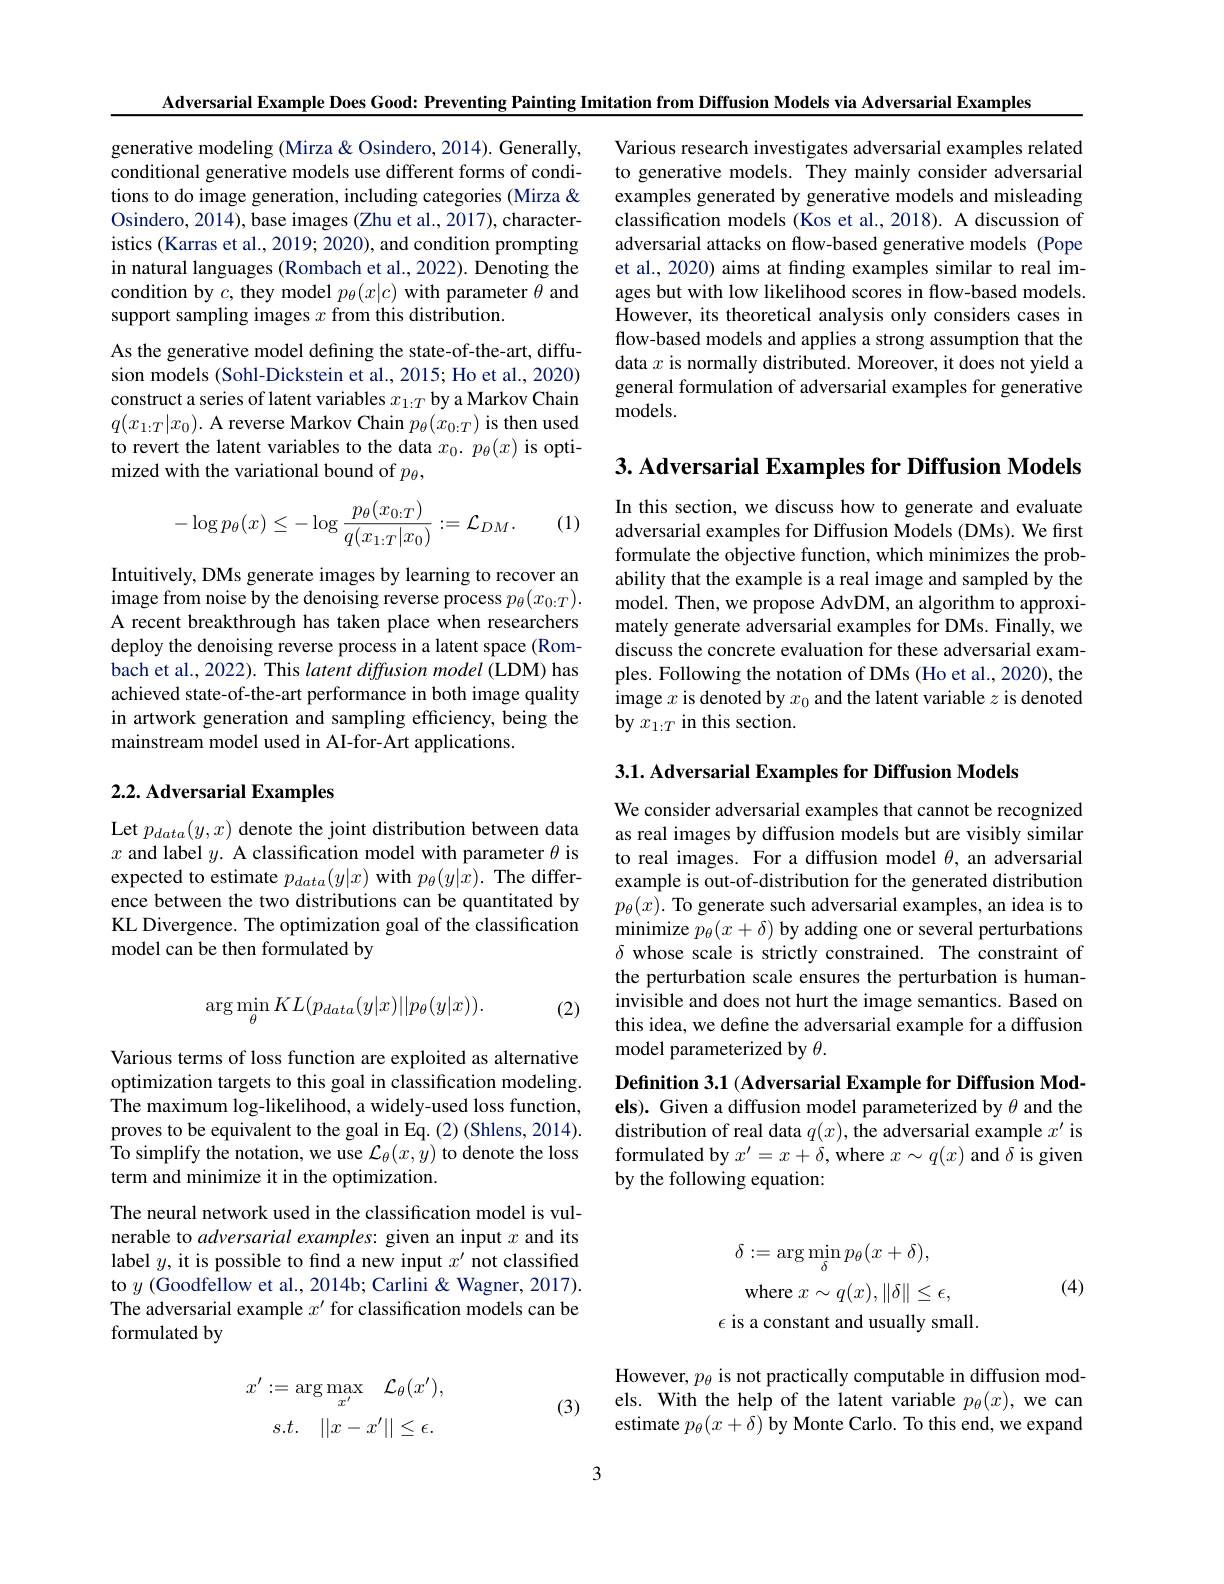
Adversarial Example Does Good: Preventing Painting Imitation from Diffusion Models via Adversarial Examples

Various research investigates adversarial examples related to generative models. They mainly consider adversarial examples generated by generative models and misleading classification models (Kos et al., 2018). A discussion of adversarial attacks on flow-based generative models (Pope et al., 2020) aims at finding examples similar to real images but with low likelihood scores in flow-based models. However, its theoretical analysis only considers cases in flow-based models and applies a strong assumption that the data $x$ is normally distributed. Moreover, it does not yield a general formulation of adversarial examples for generative ${\mathrm{models.}}$

generative modeling (Mirza & Osindero, 2014). Generally, conditional generative models use different forms of conditions to do image generation, including categories (Mirza & Osindero, 2014), base images (Zhu et al., 2017), characteristics (Karras et al., 2019; 2020), and condition prompting in natural languages (Rombach et al., 2022). Denoting the condition by $c$, they model $p_\theta(x|c)$ with parameter $\theta$ and support sampling images $x$ from this distribution.
As the generative model defining the state-of-the-art, diffusion models (Sohl-Dickstein et al., 2015; Ho et al., 2020) construct a series of latent variables $x_1:T$ by a Markov Chain $q(x_{1:T}|x_0).$ A reverse Markov Chain $p_\theta(x_{0:T})$ is then used to revert the latent variables to the data $x_0.p_\theta(x)$ is optimized with the variational bound of $p_\theta$,

3. Adversarial Examples for Diffusion Models
$$-\log p_\theta(x)\leq-\log\frac{p_\theta(x_{0:T})}{q(x_{1:T}|x_0)}:=\mathcal{L}_{DM}.$$
(1)

In this section, we discuss how to generate and evaluate adversarial examples for Diffusion Models (DMs). We first formulate the objective function, which minimizes the probability that the example is a real image and sampled by the model. Then, we propose AdvDM, an algorithm to approxi- mately generate adversarial examples for DMs. Finally, we discuss the concrete evaluation for these adversarial examples. Following the notation of DMs (Ho et al., 2020), the image $x$ is denoted by $x_0$ and the latent variable $z$ is denoted by $x_{1:T}$ in this section.

Intuitively, DMs generate images by learning to recover an image from noise by the denoising reverse process $p_\theta(x_{0:T}).$ A recent breakthrough has taken place when researchers deploy the denoising reverse process in a latent space (Rombach et al., 2022). This latent diffusion model (LDM) has achieved state-of-the-art performance in both image quality in artwork generation and sampling efficiency, being the mainstream model used in AI-for-Art applications.

3.1. Adversarial Examples for Diffusion Models

## 2.2. Adversarial Examples

Let $p_{data}(y,x)$ denote the joint distribution between data $x$ and label $y.$ A classification model with parameter $\theta$ is expected to estimate $p_{data}(y|x)$ with $p_\theta(y|\dot{x}).$ The difference between the two distributions can be quantitated by KL Divergence. The optimization goal of the classification model can be then formulated by

We consider adversarial examples that cannot be recognized as real images by diffusion models but are visibly similar to real images. For a diffusion model $\theta$, an adversarial example is out-of-distribution for the generated distribution $p_{\theta}(x).$ To generate such adversarial examples, an idea is to minimize $p_\theta(x+\delta)$ by adding one or several perturbations $\delta$ whose scale is strictly constrained. The constraint of the perturbation scale ensures the perturbation is humaninvisible and does not hurt the image semantics. Based on this idea, we define the adversarial example for a diffusion model parameterized by $\theta.$
$$\arg\min_{\theta}KL(p_{data}(y|x)||p_{\theta}(y|x)).$$
(2)

Various terms of loss function are exploited as alternative optimization targets to this goal in classification modeling. The maximum log-likelihood, a widely-used loss function, proves to be equivalent to the goal in Eq. (2) (Shlens, 2014). To simplify the notation, we use $\mathcal{L}_\theta(x,y)$ to denote the loss term and minimize it in the optimization.

Definition 3.1 (Adversarial Example for Diffusion Models). Given a diffusion model parameterized by $\theta$ and the distribution of real data $q(x)$, the adversarial example $x^\prime$ is formulated by $x^\prime=x+\delta$, where $x\sim q(x)$ and $\delta$ is given by the following equation:

The neural network used in the classification model is vulnerable to adversarial examples: given an input $x$ and its label $y$, it is possible to find a new input $x^\prime$ not classified to $y$ (Goodfellow et al., 2014b; Carlini & Wagner, 2017). The adversarial example $x^\prime$ for classification models can be formulated by
$$\delta:=\arg\min_\delta p_\theta(x+\delta),$$
where $x\sim q(x),\|\delta\|\leq\epsilon$,
$\epsilon$ is a constant and usually small.

(4)

However, $p_\theta$ is not practically computable in diffusion models. With the help of the latent variable $p_\theta(x)$, we can estimate $p_\theta(x+\delta)$ by Monte Carlo. To this end, we expand
$$\begin{aligned}x'&:=\arg\max_{x'}\quad\mathcal{L}_{\theta}(x'),\\&s.t.\quad||x-x'||\leq\epsilon.\end{aligned}$$
(3)

3